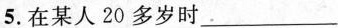
5.在某人20多岁时___